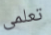
تعلمى